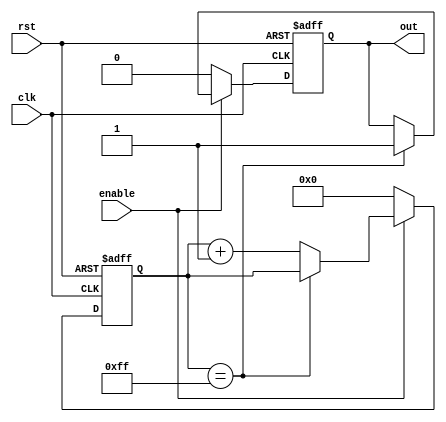
module RC_Delay (
  input wire clk,        // Clock signal
  input wire rst,        // Reset signal
  input wire enable,     // Enable signal
  output reg out         // Output delayed signal
);

  reg [7:0] delay_count; // Counter for delay

  always @(posedge clk or posedge rst) begin
    if (rst) begin
      delay_count <= 8'b0; // Reset delay counter
      out <= 1'b0;         // Set output to default value
    end else begin
      if (enable) begin
        if (delay_count == 8'hFF) begin
          out <= 1'b1;       // Output delayed signal
        end else begin
          delay_count <= delay_count + 1'b1; // Increment delay counter
        end
      end else begin
        delay_count <= 8'b0; // Reset delay counter
        out <= 1'b0;         // Set output to default value
      end
    end
  end

endmodule